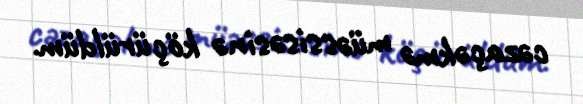
cəzaçəkmə müəssisəsinə köçürüldüm.